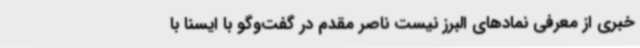
خبری از معرفی نمادهای البرز نیست ناصر مقدم در گفت‌وگو با ایسنا با